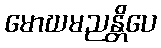
မောဃမညန္တိပေ